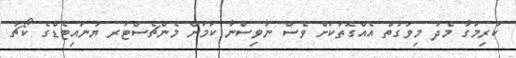
ކުރިމަގާ މެދު މިވަގުތު އެއްގޮތަކަށް ވެސް ނުވިސްނާ ކަމަށް މެންޗެސްޓަރ ޔުނައިޓެޑްގެ ކޯޗު